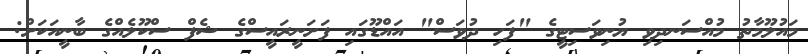
މައުލޫމާތު މުއްސަނދިވި ޔުނިވަސިޓީގެ "ފަހި ދުވަސް" އައްޑޫގައި ފަށަނީރައީސްގެ ޝެފް ސްކޫލެއްގެ ބާނީއަކަށް: